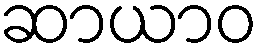
ဆာယာဝ